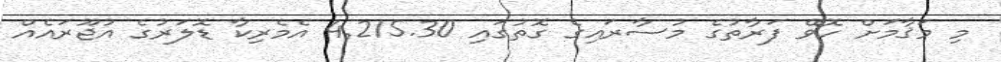
މި މަޤާމަށް ހޮވޭ ފަރާތުގެ މުސާރައިގެ ގޮތުގައި 4